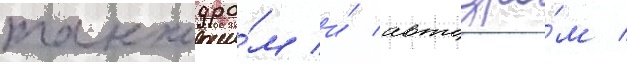
танкодро́м и́ автодро́м /